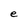
Character: e